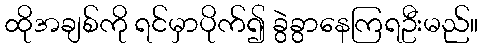
ထိုအချစ်ကို ရင်မှာပိုက်၍ ခွဲခွာနေကြရဦးမည်။